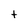
Character: t